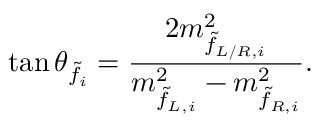
\tan \theta _ { \tilde { f } _ { i } } = \frac { 2 m _ { \tilde { f } _ { L / R , i } } ^ { 2 } } { m _ { \tilde { f } _ { L , i } } ^ { 2 } - m _ { \tilde { f } _ { R , i } } ^ { 2 } } .